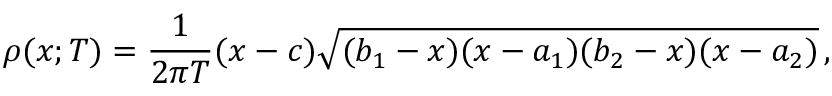
\rho ( x ; T ) = \frac { 1 } { 2 \pi T } ( x - c ) \sqrt { ( b _ { 1 } - x ) ( x - a _ { 1 } ) ( b _ { 2 } - x ) ( x - a _ { 2 } ) } \, ,